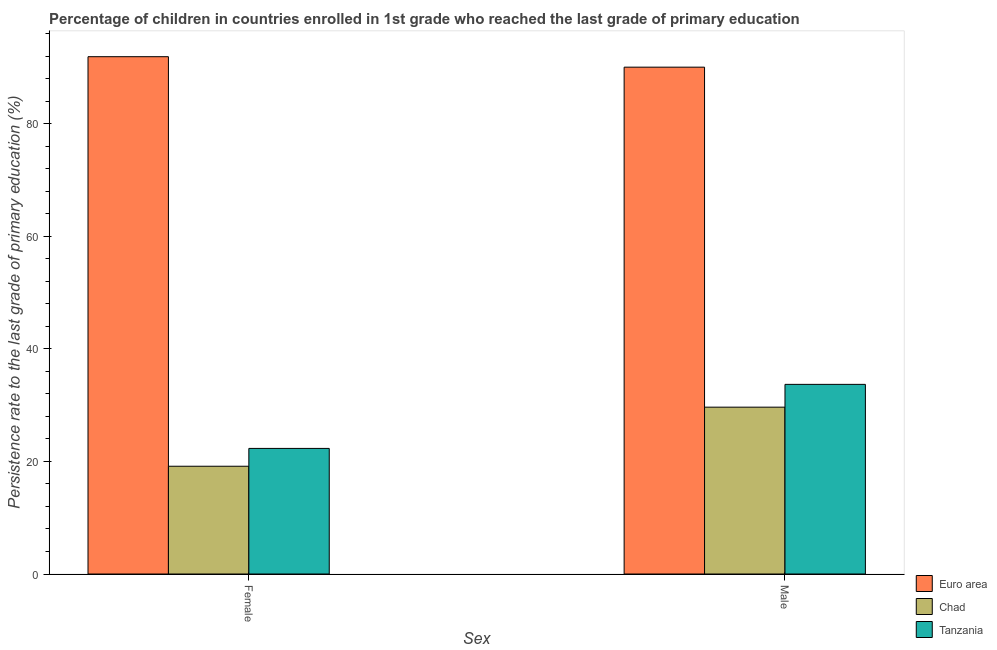
| Sex | Euro area | Chad | Tanzania |
 | --- | --- | --- | --- |
 | Female | 91.9 | 19.1 | 22.3 |
 | Male | 90 | 29.6 | 33.7 |